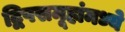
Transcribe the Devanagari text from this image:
द्विपसमूहांमध्ये